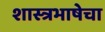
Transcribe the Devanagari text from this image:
शास्त्रभाषेचा